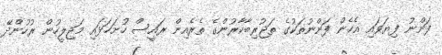
ފަންނު ފިޔަވައި އެހެން ފަންނުތަކުގެ ތަޖުރިބާކާރުންގެ ތެރެއިން ރައީސް ހުށަހަޅައި މަޖިލީހުން ރުހުންދޭ